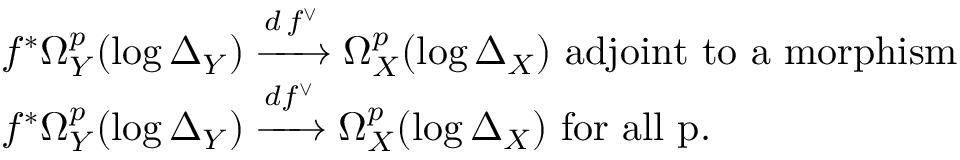
\begin{array} { r l } & { f ^ { * } \Omega _ { Y } ^ { p } ( \log \Delta _ { Y } ) \xrightarrow { d \, f ^ { \vee } } \Omega _ { X } ^ { p } ( \log \Delta _ { X } ) \mathrm { ~ a d j o i n t ~ t o ~ a ~ m o r p h i s m ~ } } \\ & { f ^ { * } \Omega _ { Y } ^ { p } ( \log \Delta _ { Y } ) \xrightarrow { d f ^ { \vee } } \Omega _ { X } ^ { p } ( \log \Delta _ { X } ) \mathrm { ~ f o r ~ a l l ~ p . } } \end{array}